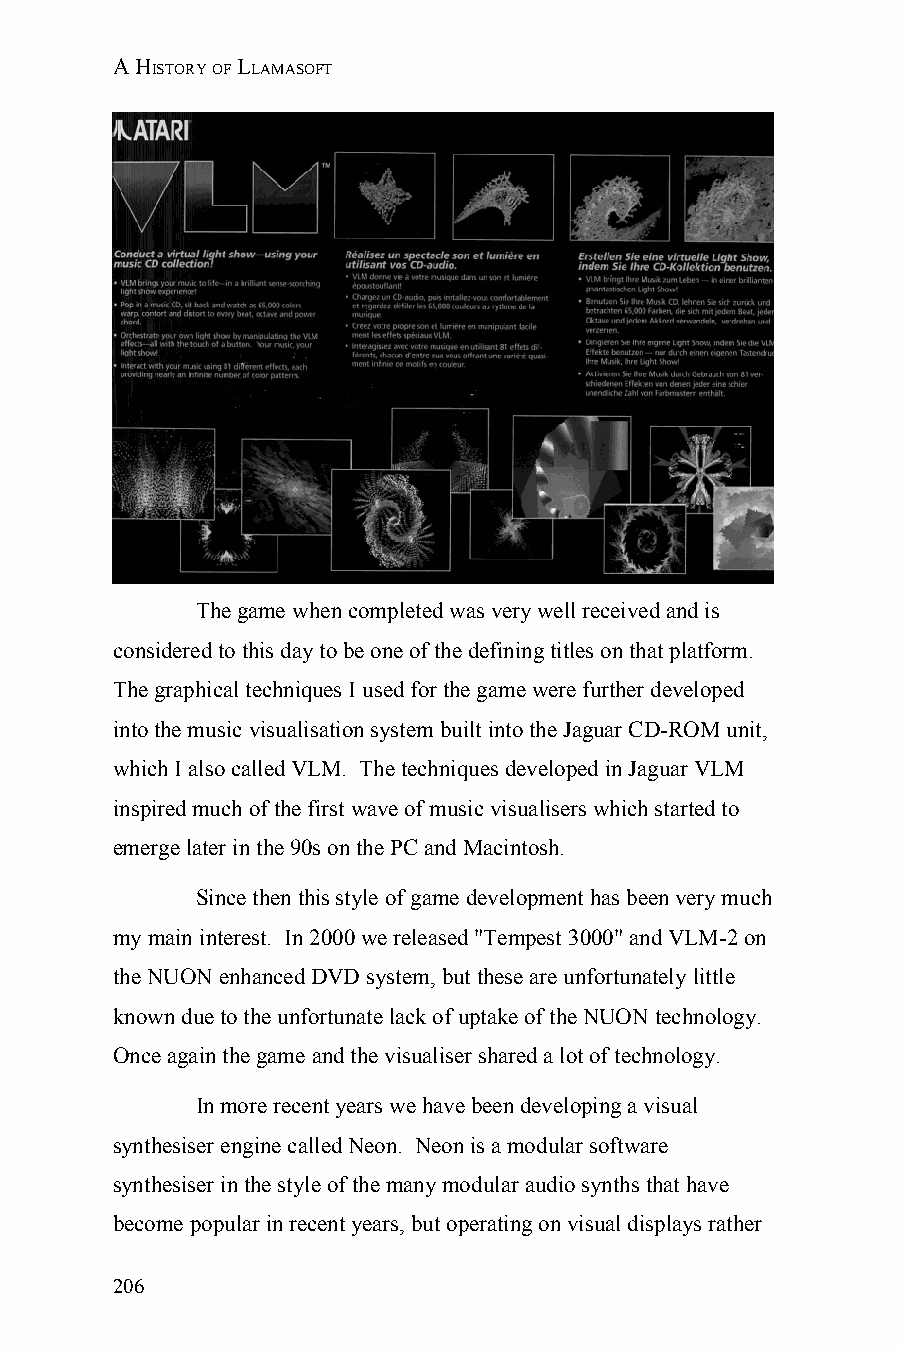
A HISTORY OF LLAMASOFT
 The game when completed was very well received and is
 considered to this day to be one of the defining titles on that platform.
 The graphical techniques I used for the game were further developed
 into the music visualisation system built into the Jaguar CD-ROM unit,
 which I also called VLM. The techniques developed in Jaguar VLM
 inspired much of the first wave of music visualisers which started to
 emerge later in the 90s on the PC and Macintosh.
 Since then this style of game development has been very much
 my main interest. In 2000 we released "Tempest 3000" and VLM-2 on
 the NUON enhanced DVD system, but these are unfortunately little
 known due to the unfortunate lack of uptake of the NUON technology.
 Once again the game and the visualiser shared a lot of technology.
 In more recent years we have been developing a visual
 synthesiser engine called Neon. Neon is a modular software
 synthesiser in the style of the many modular audio synths that have
 become popular in recent years, but operating on visual displays rather
 206